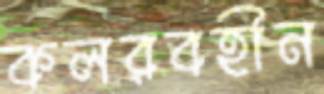
কলরবহীন